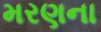
મરણના